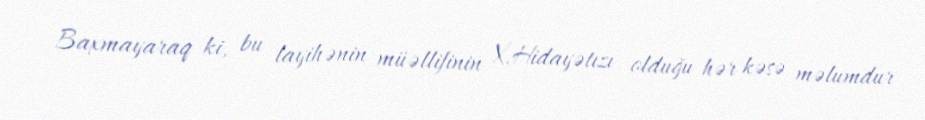
Baxmayaraq ki, bu layihənin müəllifinin X.Hidayətızı olduğu hər kəsə məlumdur